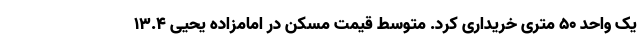
یک واحد ۵۰ متری خریداری کرد. متوسط قیمت مسکن در امامزاده یحیی ۱۳.۴